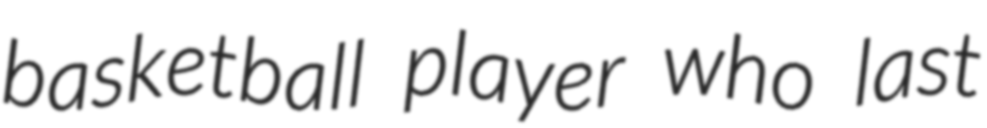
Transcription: basketball player who last